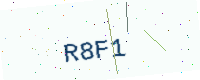
Text: R8F1